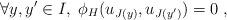
LaTeX: \begin{align*}\forall y,y' \in I,\; \phi_H(u_{J(y)},u_{J(y')})=0\;,\end{align*}